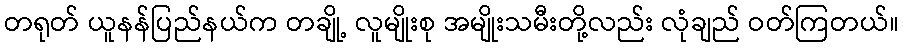
တရုတ် ယူနန်ပြည်နယ်က တချို့ လူမျိုးစု အမျိုးသမီးတို့လည်း လုံချည် ဝတ်ကြတယ်။